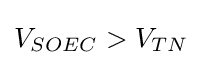
V_{SOEC}>V_{TN}